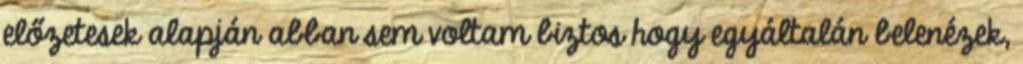
előzetesek alapján abban sem voltam biztos hogy egyáltalán belenézek,